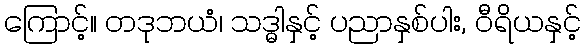
ကြောင့်။ တဒုဘယံ၊ သဒ္ဓါနှင့် ပညာနှစ်ပါး, ဝီရိယနှင့်